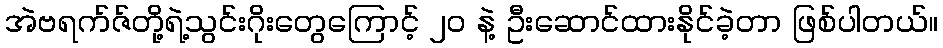
အဲဗရက်ဇ်တို့ရဲ့သွင်းဂိုးတွေကြောင့် ၂၀ နဲ့ ဦးဆောင်ထားနိုင်ခဲ့တာ ဖြစ်ပါတယ်။